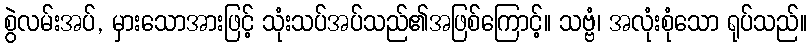
စွဲလမ်းအပ်, မှားသောအားဖြင့် သုံးသပ်အပ်သည်၏အဖြစ်ကြောင့်။ သဗ္ဗံ၊ အလုံးစုံသော ရုပ်သည်။